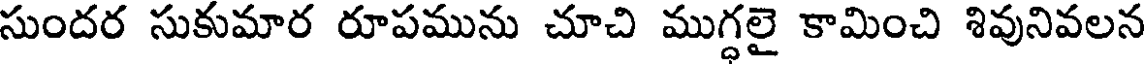
సుందర సుకుమార రూపమును చూచి ముగ్ధలై కామించి శివునివలన